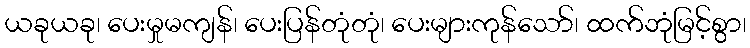
ယခုယခု၊ ပေးမှုမကျန်၊ ပေးပြန်တုံတုံ၊ ပေးများကုန်သော်၊ ထက်ဘုံမြင့်စွာ၊